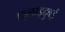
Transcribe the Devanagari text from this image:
फ़्लाइदुबई